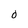
Character: O